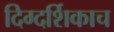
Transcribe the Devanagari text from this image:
दिग्दर्शिकाच